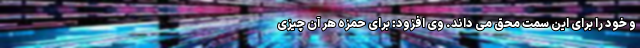
و خود را برای این سمت محق می داند. وی افزود: برای حمزه هر آن چیزی